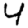
Digit: 4